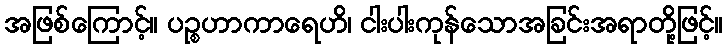
အဖြစ်ကြောင့်။ ပဉ္စဟာကာရေဟိ၊ ငါးပါးကုန်သောအခြင်းအရာတို့ဖြင့်။